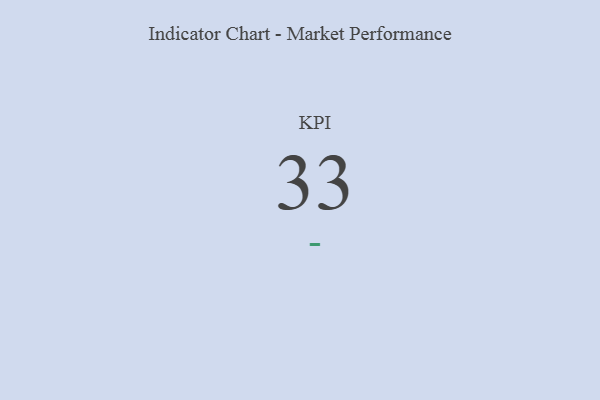
{"axis": {"x": "KPI", "y": "Value"}, "legend": [""], "data": [{"x": "KPI", "y": 33, "type": ""}]}